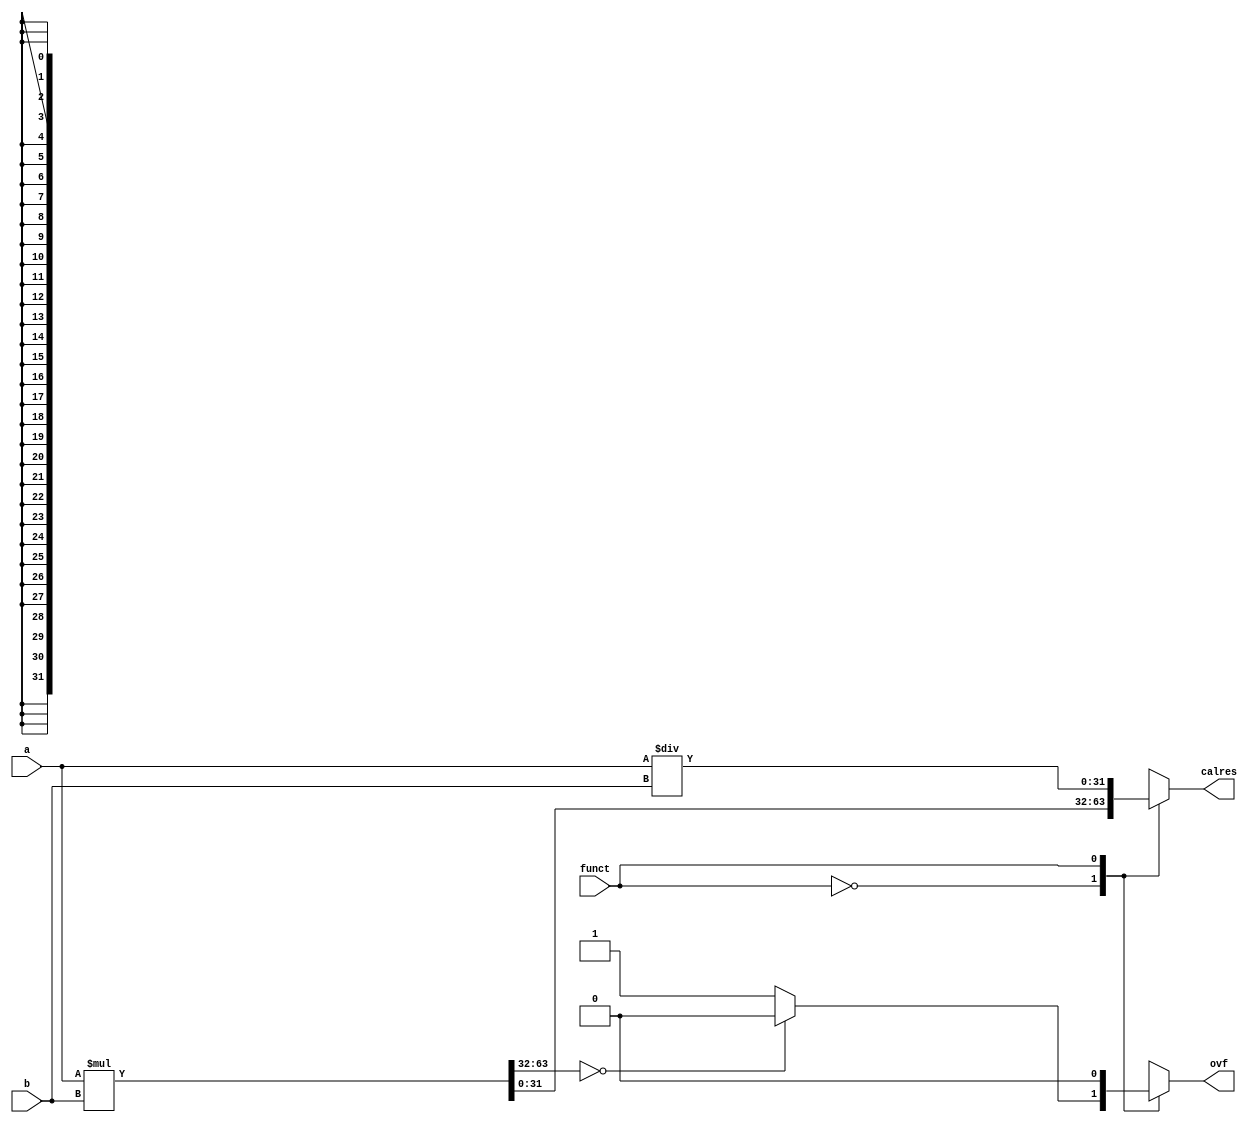
module calc(input[31:0]a,b,input funct,output reg[31:0]calres,output reg ovf);
reg [31:0]cal;
always@(*)
    begin
    case(funct)
    1'b0:
        begin
        {cal,calres}=a*b;
        if(cal==32'd0) ovf=0;
        else ovf=1;
        end
    1'b1:
       begin
       calres=a/b;
       ovf=0;
       end
    endcase
    end
endmodule